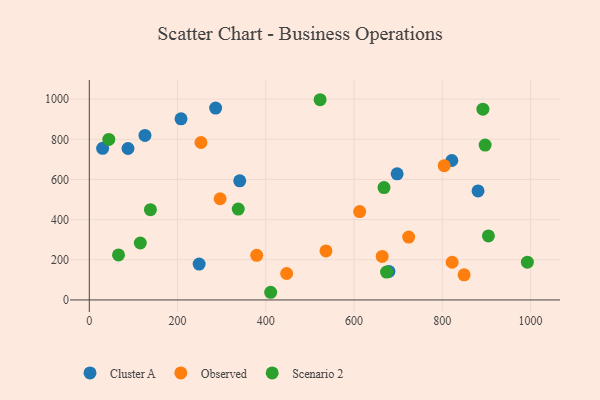
{"axis": {"x": "Study Hours", "y": "Yield"}, "legend": ["Cluster A", "Observed", "Scenario 2"], "data": [{"x": "880.9", "y": 542.9, "type": "Cluster A"}, {"x": "821.5", "y": 694.5, "type": "Cluster A"}, {"x": "286.3", "y": 955.7, "type": "Cluster A"}, {"x": "30.2", "y": 755.3, "type": "Cluster A"}, {"x": "126.1", "y": 819.5, "type": "Cluster A"}, {"x": "697.6", "y": 628.0, "type": "Cluster A"}, {"x": "207.9", "y": 902.1, "type": "Cluster A"}, {"x": "340.9", "y": 593.3, "type": "Cluster A"}, {"x": "248.9", "y": 178.7, "type": "Cluster A"}, {"x": "679.0", "y": 142.1, "type": "Cluster A"}, {"x": "87.7", "y": 754.2, "type": "Cluster A"}, {"x": "663.7", "y": 216.7, "type": "Observed"}, {"x": "253.0", "y": 784.2, "type": "Observed"}, {"x": "447.2", "y": 131.6, "type": "Observed"}, {"x": "612.7", "y": 439.9, "type": "Observed"}, {"x": "822.2", "y": 187.8, "type": "Observed"}, {"x": "379.4", "y": 222.3, "type": "Observed"}, {"x": "723.7", "y": 313.3, "type": "Observed"}, {"x": "849.3", "y": 124.9, "type": "Observed"}, {"x": "296.4", "y": 503.9, "type": "Observed"}, {"x": "536.3", "y": 244.0, "type": "Observed"}, {"x": "804.2", "y": 668.8, "type": "Observed"}, {"x": "673.6", "y": 138.7, "type": "Scenario 2"}, {"x": "667.8", "y": 559.4, "type": "Scenario 2"}, {"x": "115.6", "y": 283.6, "type": "Scenario 2"}, {"x": "138.5", "y": 449.7, "type": "Scenario 2"}, {"x": "44.2", "y": 799.5, "type": "Scenario 2"}, {"x": "411.0", "y": 38.2, "type": "Scenario 2"}, {"x": "66.2", "y": 224.1, "type": "Scenario 2"}, {"x": "891.9", "y": 949.9, "type": "Scenario 2"}, {"x": "337.5", "y": 452.3, "type": "Scenario 2"}, {"x": "523.0", "y": 997.1, "type": "Scenario 2"}, {"x": "897.0", "y": 771.3, "type": "Scenario 2"}, {"x": "992.7", "y": 188.2, "type": "Scenario 2"}, {"x": "904.4", "y": 318.7, "type": "Scenario 2"}]}